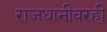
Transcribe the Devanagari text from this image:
राजधानीवरही